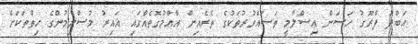
އަބްދު ފާރޫގު ހަސަން އިސްލާމީ ތަސައްވުރުތަކުގެ ތެރެއިން އާއްމުގޮތެއްގައި ޣައިރު މުސްލިމުންގެ ހިތްތަކަށް